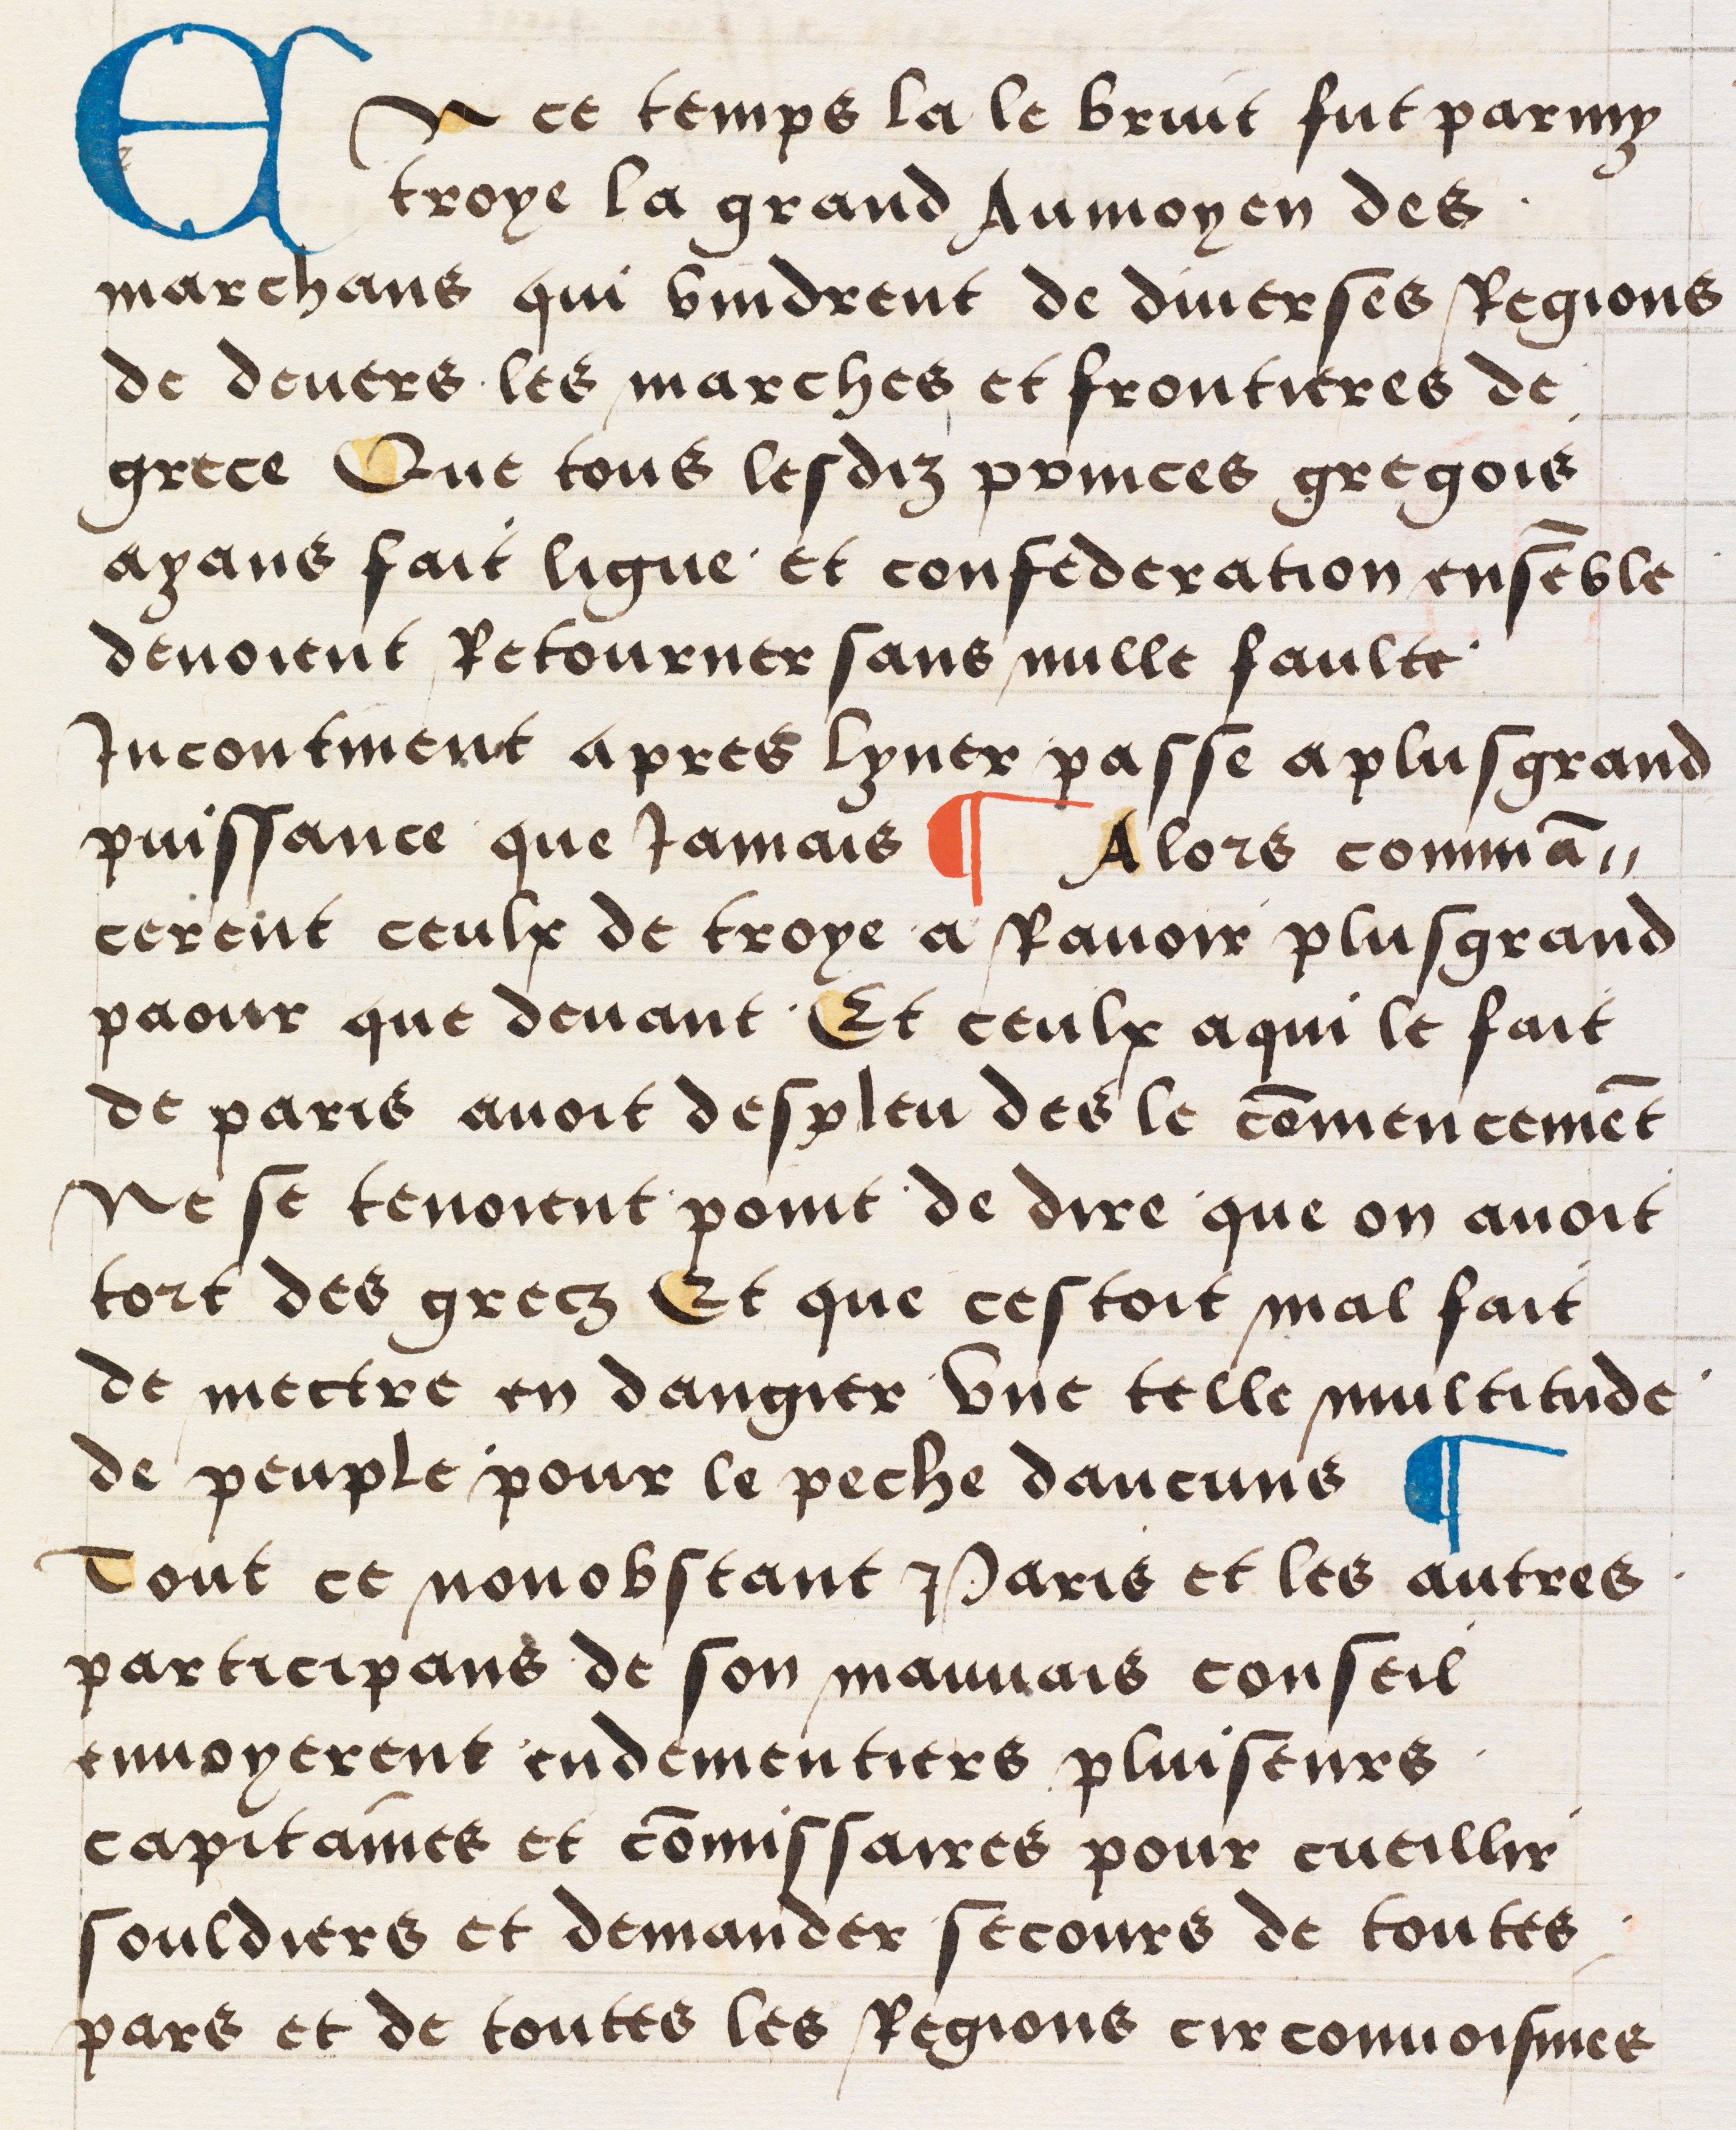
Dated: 1512–1524